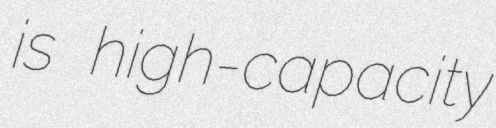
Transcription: is high-capacity